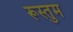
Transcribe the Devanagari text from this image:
रूस्तुम